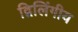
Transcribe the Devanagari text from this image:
द्विलिंगीय